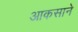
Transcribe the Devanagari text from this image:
आकसाने